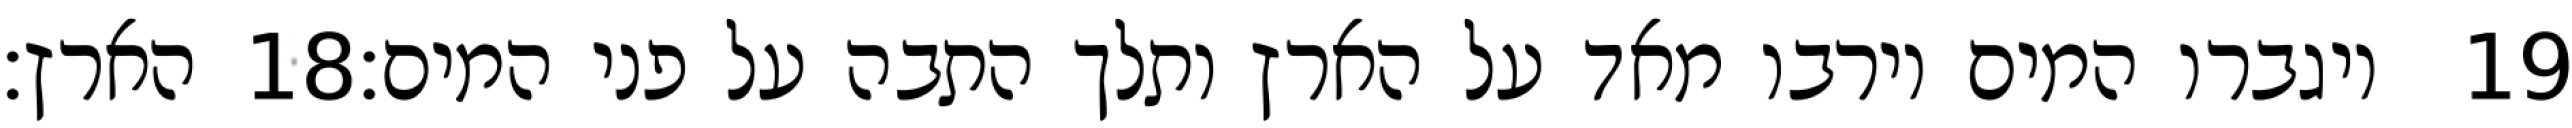
הארץ׃ ‎18‏ ויגברו המים וירבו מאד על הארץ ותלך התבה על פני המים׃ ‎19‏